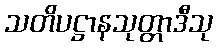
သတိပဋ္ဌာနသုတ္တာဒီသု